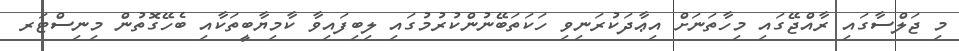
މި ޖަލްސާގައި ރާއްޖޭގައި މިހާތަނަށް އިޢާދަކުރަނިވި ހަކަތަބޭނުންކުރުމުގައި ލިބިފައިވާ ކާމިޔާބީތަކާއި ބެހޭގޮތުން މިނިސްޓަރ